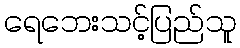
ရေဘေးသင့်ပြည်သူ